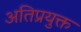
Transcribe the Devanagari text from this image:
अतिप्रयुक्त